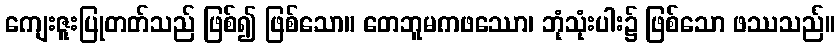
ကျေးဇူးပြုတတ်သည် ဖြစ်၍ ဖြစ်သော။ တေဘူမကဖဿော၊ ဘုံသုံးပါး၌ ဖြစ်သော ဖဿသည်။